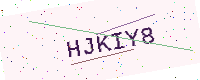
Text: HJKIY8